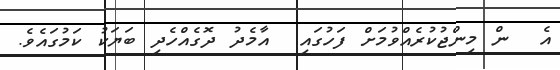
އެ  ން މިންޖުކުރެއްވުމަށް ފަހުގައި  އާމެދު ދޮގެއްހެދި ބަޔަކު ކަމުގައެވެ.